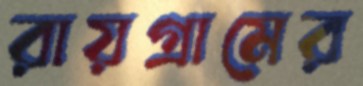
রায়গ্রামের